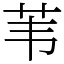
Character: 苇